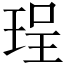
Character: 珵